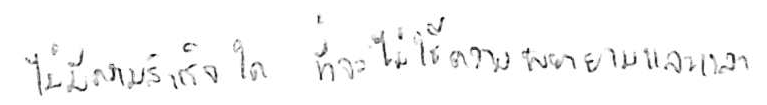
ไม่มีความสำเร็จใด ที่จะไม่ใช้ความพยายามและเวลา